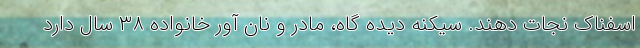
اسفناک نجات دهند. سیکنه دیده گاه، مادر و نان آور خانواده ۳۸ سال دارد